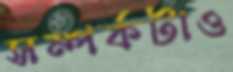
সম্পর্কটাও